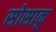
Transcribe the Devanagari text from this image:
सोसाकू